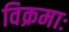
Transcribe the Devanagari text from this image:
विक्रमाः